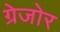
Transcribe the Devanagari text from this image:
ग्रेजोर